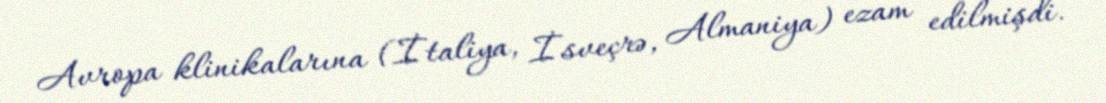
Avropa klinikalarına (İtaliya, İsveçrə, Almaniya) ezam edilmişdi.